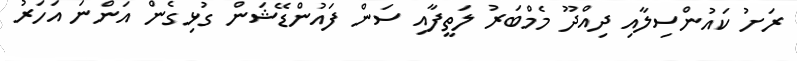
ރަށު ކައުންސިލާއި ދިއްދޫ މެމްބަރު ލަތީފާއި ސަން ފައުންޑޭޝަން ގުޅިގެން އަންނަ އަހަރު